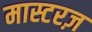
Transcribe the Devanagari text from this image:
मास्टरज़